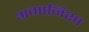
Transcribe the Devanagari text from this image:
अमानिशा